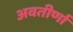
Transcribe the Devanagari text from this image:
अवतीर्णा